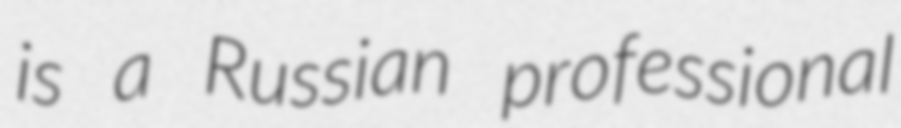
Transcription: is a Russian professional